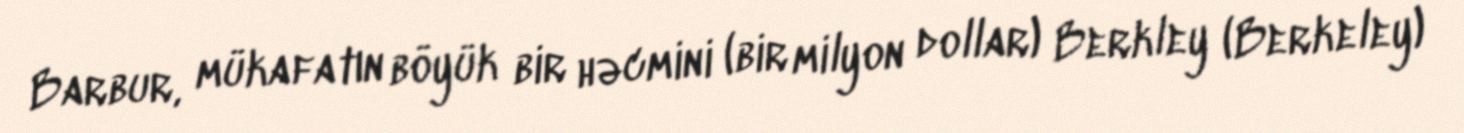
Barbur, mükafatın böyük bir həcmini (bir milyon dollar) Berkley (Berkeley)